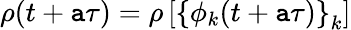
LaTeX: \rho(t+\mathtt{a}\tau)=\rho\left[\left\{ \phi_{k}(t+\mathtt{a}\tau)\right\} _{k}\right]